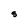
Character: S